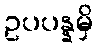
ဥပပန္နမှိ